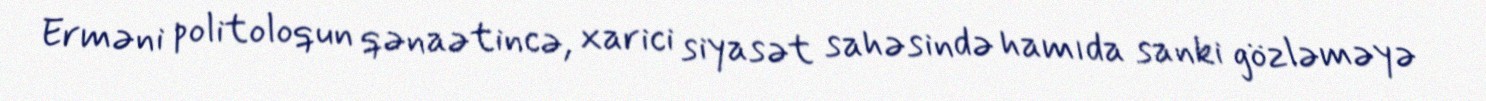
Erməni politoloqun qənaətincə, xarici siyasət sahəsində hamıda sanki gözləməyə